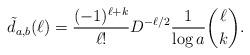
LaTeX: \begin{align*} \tilde{d}_{a,b}(\ell)=\frac{(-1)^{\ell+k}}{\ell!}D^{-\ell/2}\frac{1}{\log a}\binom{\ell}{k}.\end{align*}